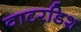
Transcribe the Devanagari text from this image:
वाटरडिश